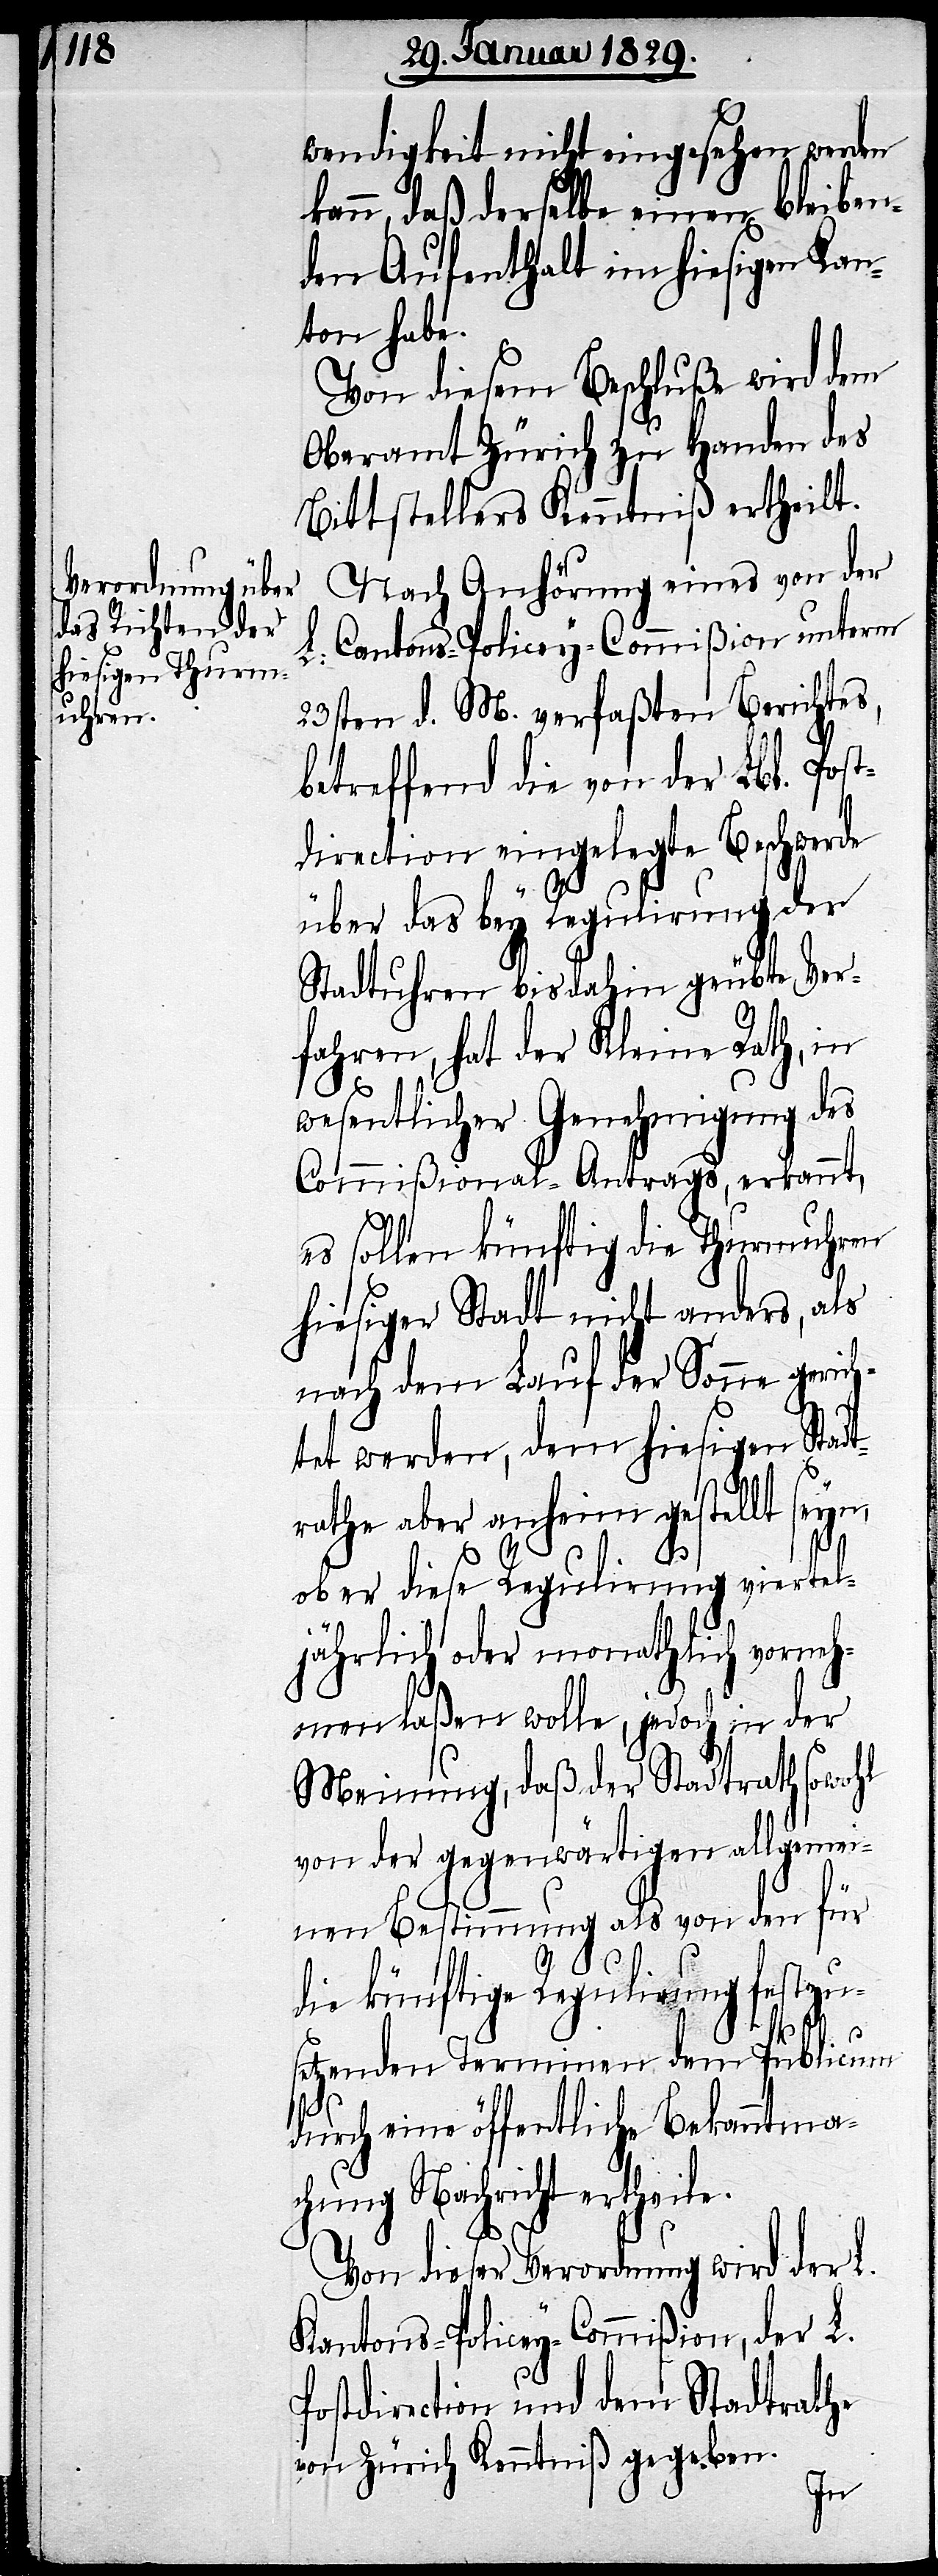
wendigkeit nicht eingesehen werden
kann, daß derselbe einen bleiben¬
den Aufenthalt im hiesigen Kan¬
ton habe.
Von diesem Beschluße wird dem
Oberamt Zürich zu Handen des
Bittstellers Kenntniß ertheilt.
Nach Anhörung eines von der
Cantons-Policey-Commißion unterm
L.
23sten d. M. verfaßten Berichtes,
betreffend die von der Lbl. Post¬
direction eingelegte Beschwerde
über das bey Regulirung der
Stadtuhren bisdahin geübte Ver¬
fahren, hat der Kleine Rath, in
wesentlicher Genehmigung des
Commißional-Antrages, erkannt,
es sollen künftig die Thurmuhren
hiesiger Stadt nicht anders, als
nach dem Lauf der Sonne gerich¬
tet werden, dem hiesigen Stad¬
trathe aber anheim gestellt seyn,
ob er diese Regulirung viertel¬
jährlich oder monathlich vorneh¬
men laßen wolle, jedoch in der
Meinung, daß der Stadtrath sowohl
von der gegenwärtigen allgemei¬
nen Bestimmung als von den für
die künftige Regulirung festzu¬
setzenden Terminen dem Publicum
durch eine öffentliche Bekanntma¬
chung Nachricht ertheile.
Von dieser Verordnung wird der L.
Kantons-Policey-Commißion, der L.
Postdirection und dem Stadtrathe
von Zürich Kenntniß gegeben.